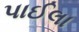
પાઈલા